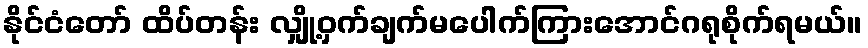
နိုင်ငံတော် ထိပ်တန်း လျှို့ဝှက်ချက်မပေါက်ကြားအောင်ဂရုစိုက်ရမယ်။